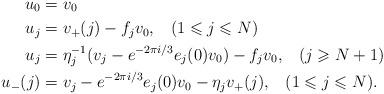
LaTeX: \begin{align*}u_0=&\;v_0\\u_j=&\;v_+(j)-f_jv_0, \;\;\;(1\leqslant j\leqslant N)\\u_j=&\;\eta_j^{-1}(v_j-e^{-2\pi i/3}e_j(0)v_0)-f_jv_0, \;\;\;(j\geqslant N+1)\\u_-(j)=&\;v_j-e^{-2\pi i/3}e_j(0)v_0-\eta_jv_+(j),\;\;\;(1\leqslant j\leqslant N).\end{align*}